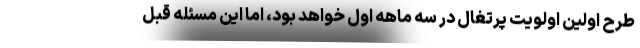
طرح اولین اولویت پرتغال در سه ماهه اول خواهد بود‌، اما این مسئله قبل